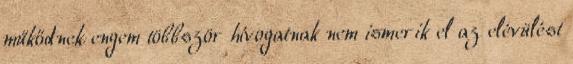
műkődnek engem többször hívogatnak nem ismerik el az elévülést